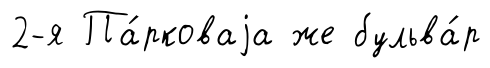
2-я Па́рковаjа же бульва́р